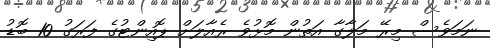
ނަމަވެސް މިރޭ މަލާގާ އަތުން މޮޅުވެ ރެއާލަށް ޕޮއިންޓުގެ ފަރަގު 10 ބޮޑު